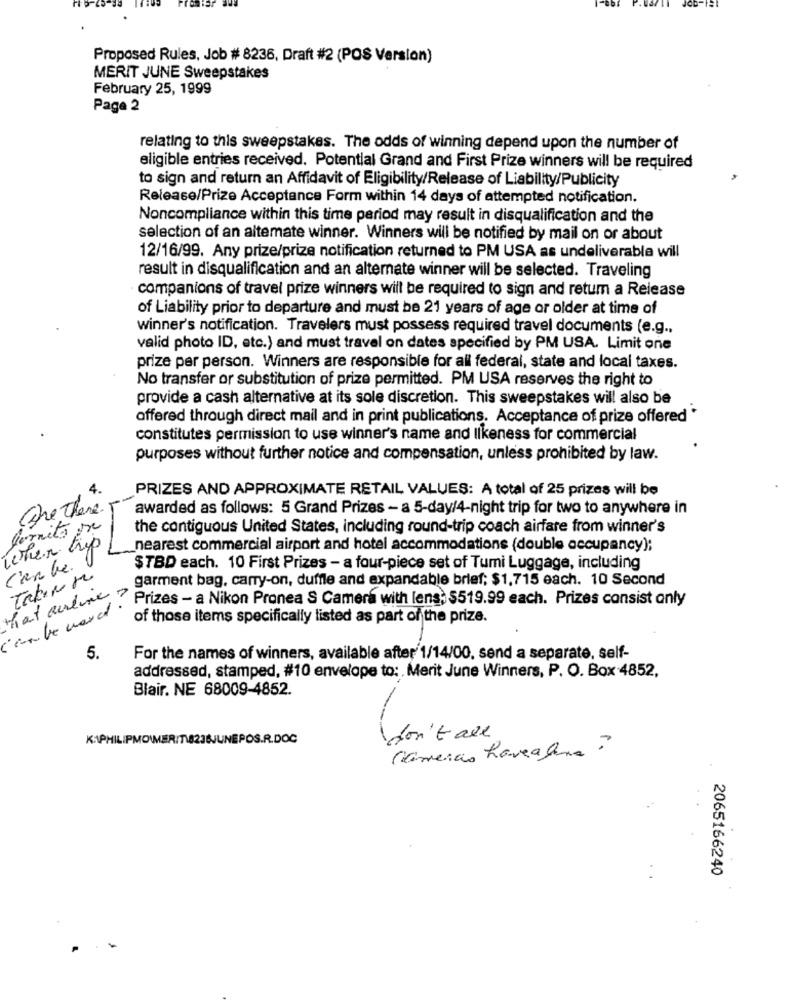
Proposed Rules, Job # 8236, Draft #2 (POS Version)
MERIT JUNE Sweepstakes
February 25, 1999
Page 2
relating to this sweepstakes. The odds of winning depend upon the number of
eligible entries received. Potential Grand and First Prize winners will be required
to sign and return an Affidavit of Eligibility/Release of Liability/Publicity
Release/Prize Acceptance Form within 14 days of attempted notification.
Noncompliance within this time period may result in disqualification and the
selection of an altemate winner. Winners will be notified by mail on or about
12/16/99. Any prize/prize notification returned to PM USA as undeliverable will
result in disqualification and an alternate winner will be selected. Traveling
companions of travel prize winners will be required to sign and retum a Release
of Liability prior to departure and must be 21 years of age or older at time of
winner's notification. Travelers must possess required travel documents (e.g .,
valid photo ID, etc.) and must travel on dates specified by PM USA. Limit one
prize per person. Winners are responsible for all federal, state and local taxes.
No transfer or substitution of prize permitted. PM USA reserves the right to
provide a cash alternative at its sole discretion. This sweepstakes will also be
offered through direct mail and in print publications. Acceptance of prize offered *
constitutes permission to use winner's name and likeness for commercial
purposes without further notice and compensation, unless prohibited by law.
4.
PRIZES AND APPROXIMATE RETAIL VALUES: A total of 25 prizes will be
Cre There.
awarded as follows: 5 Grand Prizes - a 5-day/4-night trip for two to anywhere in
fornito De
the contiguous United States, including round-trip coach airfare from winner's
when trip
nearest commercial airport and hotel accommodations (double occupancy);
Canbe.
$TBD each. 10 First Prizes - a four-piece set of Tumi Luggage, including
garment bag, carry-on, duffle and expandable brief; $1,715 each. 10 Second
Mat audine
Prizes - a Nikon Pronea S Camera with lens: $519.99 each. Prizes consist only
of those items specifically listed as part of the prize.
5.
For the names of winners, available after 1/14/00, send a separate, self-
addressed, stamped, #10 envelope to: Merit June Winners, P. O. Box 4852,
Blair. NE 68009-4852.
K:PHILIPMOWER/18236JUNEPOS.R.DOC
don't are
Cameras havealena ?
2065166240